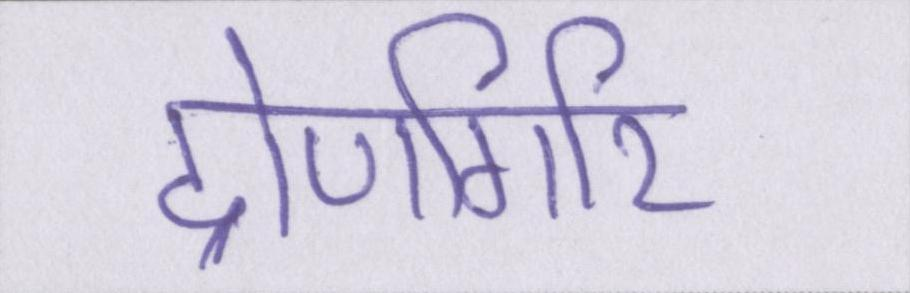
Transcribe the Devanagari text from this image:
द्रोणगिरि